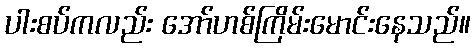
ပါးစပ်ကလည်း အော်ဟစ်ကြိမ်းမောင်းနေသည်။